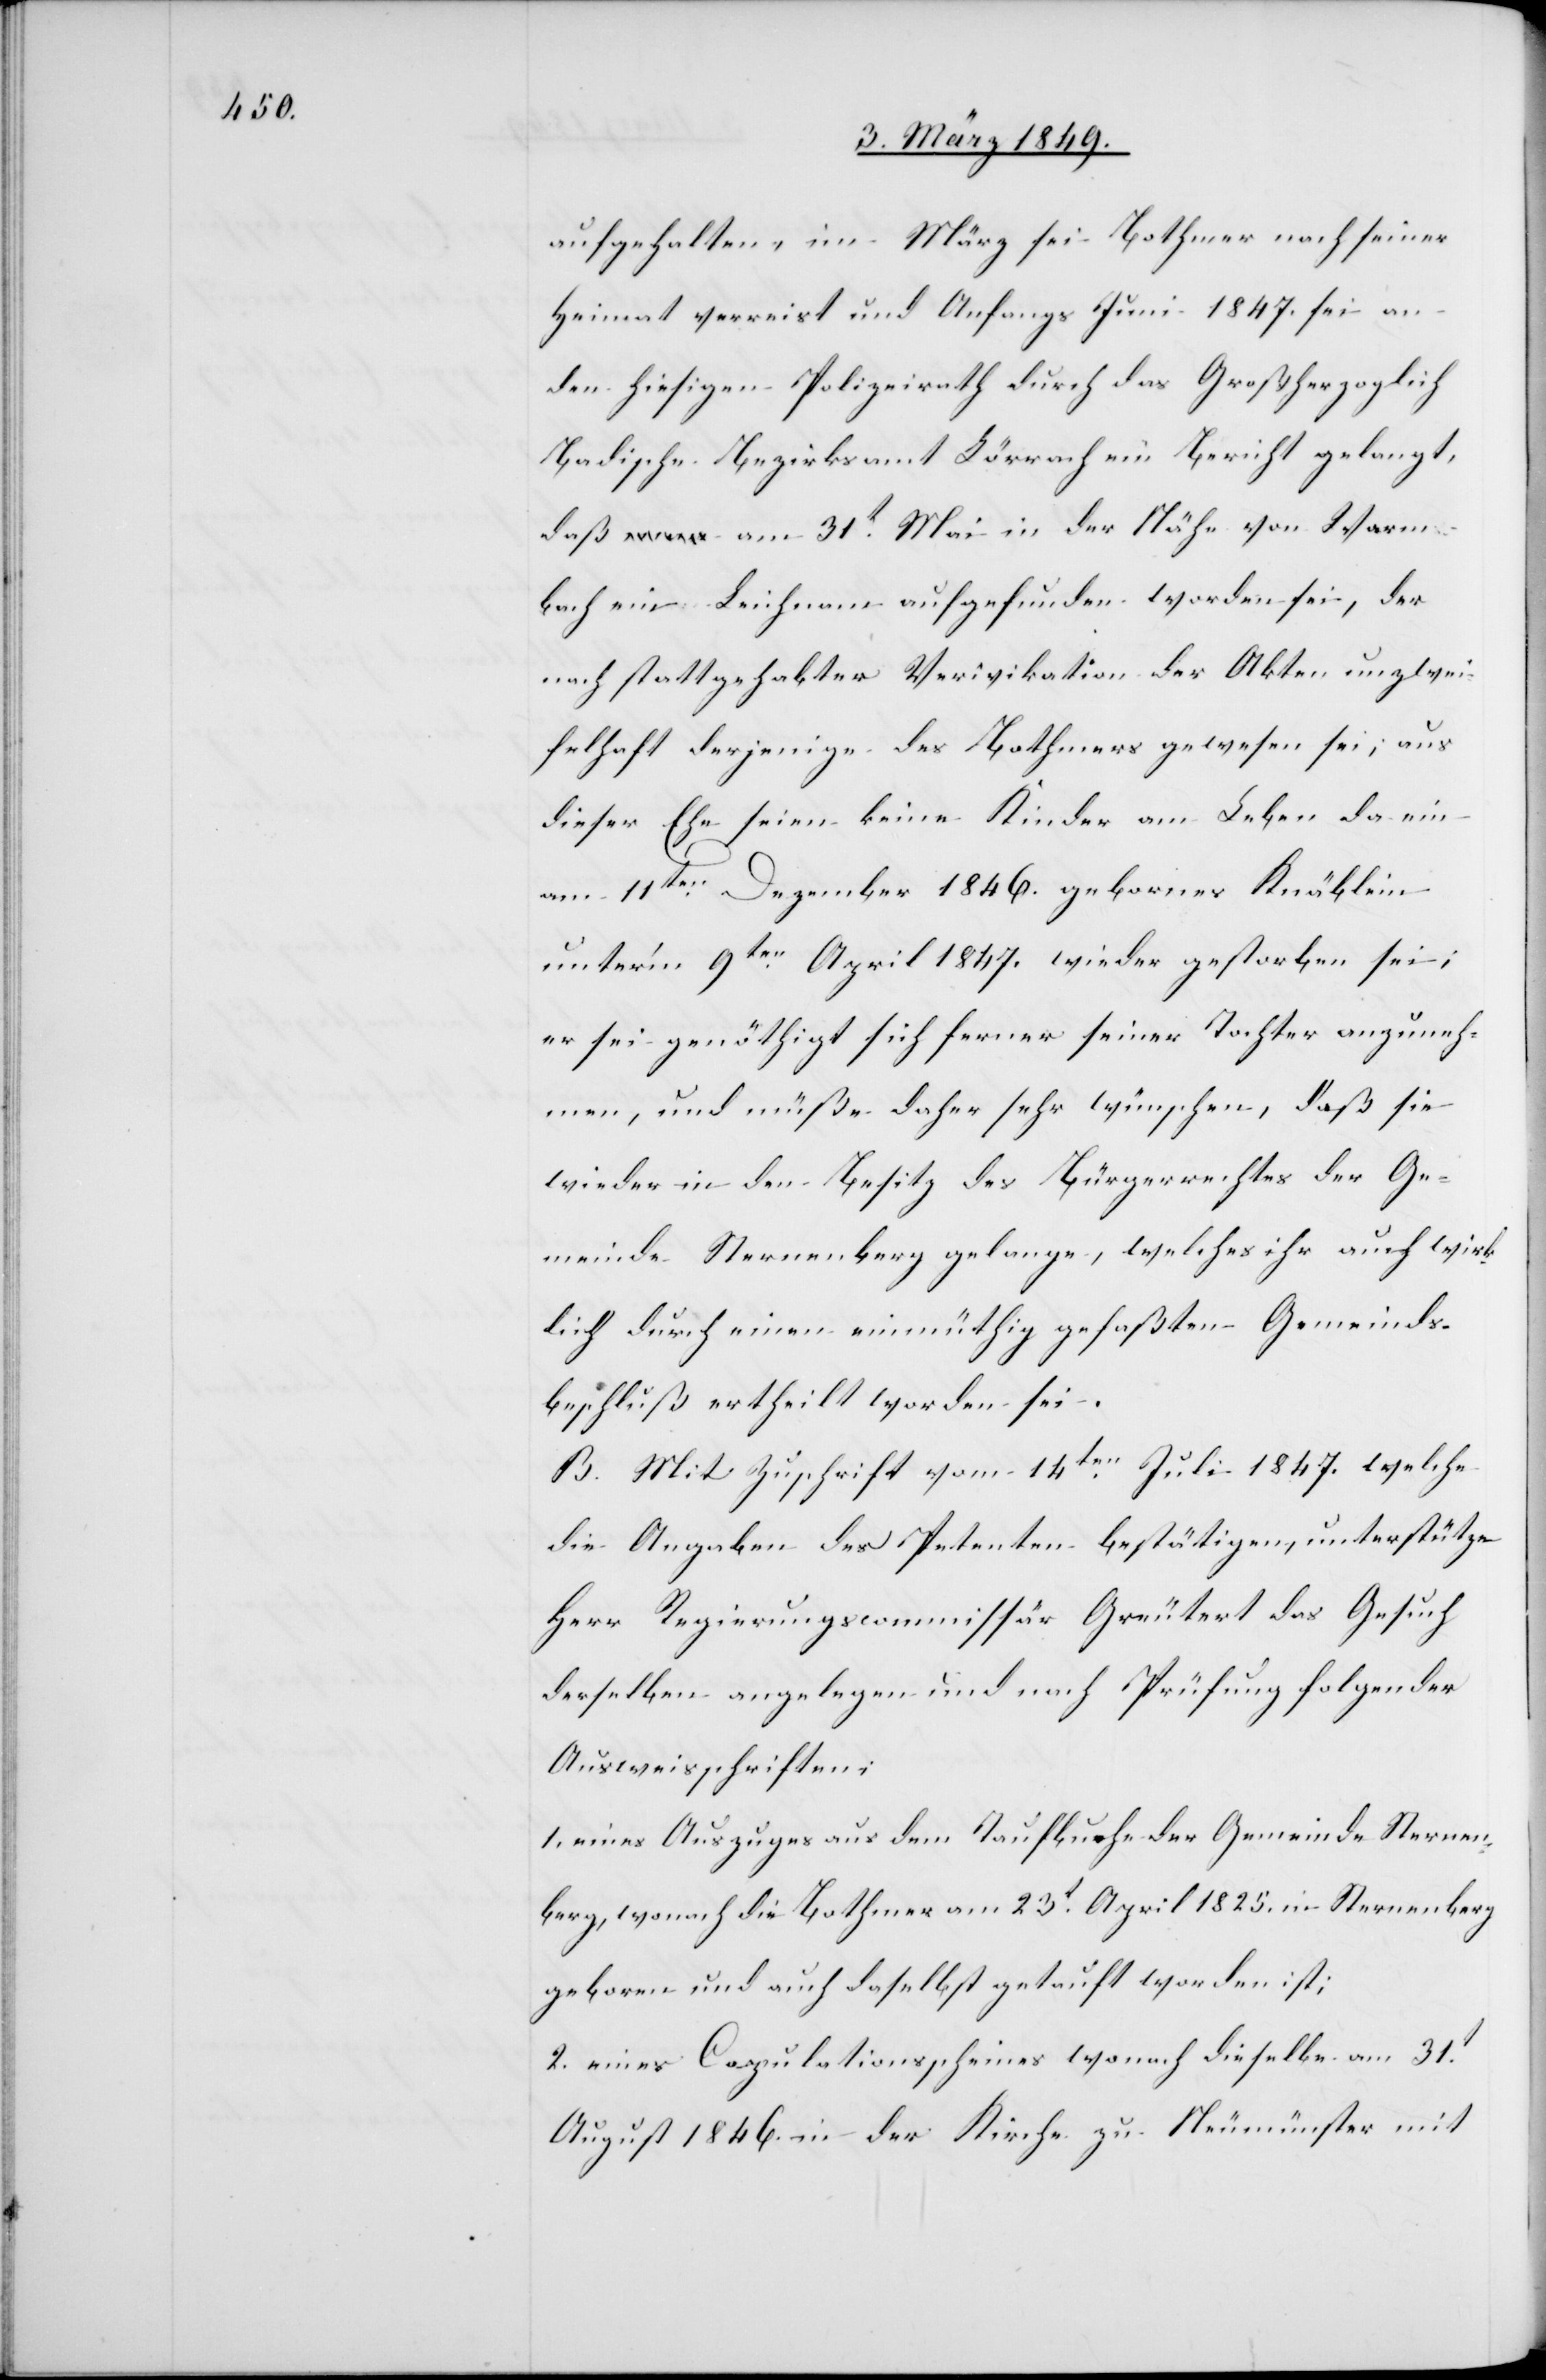
aufgehalten, im März sei Bothmer nach seiner
Heimat verreist und Anfangs Juni 1847. sei an
den hiesigen Polizeirath durch das Großherzoglich
Badische Bezirksamt Lörrach ein Bericht gelangt,
daß am 31t. Mai in der Nähe von Warm¬
bach ein Leichnam aufgefunden worden sei, der
nach stattgehabter Verivikation der Akten unzwei¬
felhaft derjenige des Bothmers gewesen sei; aus
dieser Ehe seien keine Kinder am Leben da ein
am 11ten. Dezember 1846. gebornes Knäblein
unter’m 9ten. April 1847. wieder gestorben sei;
er sei genöthigt sich ferner seiner Tochter anzuneh¬
men, und müße daher sehr wünschen, daß sie
wieder in den Besitz des Bürgerrechtes der Ge¬
meinde Sternenberg gelange, welches ihr auch wirk¬
lich durch einen einmüthig gefaßten Gemeinds¬
beschluß ertheilt worden sei.
B. Mit Zuschrift vom 14ten. Juli 1847. welche
die Angaben des Petenten bestätigen, unterstütze
Herr Regierungscommissär Greutert das Gesuch
derselben angelegen und nach Prüfung folgender
Ausweisschriften;
1. eines Auszuges aus dem Taufbuche der Gemeinde Sternen¬
berg, wonach die Bothmer am 23t. April 1825. in Sternenberg
geboren und auch daselbst getauft worden ist;
2. eines Copulationsscheines wonach dieselbe am 31t.
August 1846. in der Kirche zu Neumünster mit